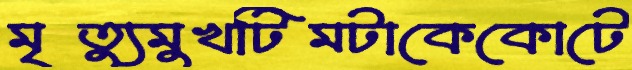
মৃত্যুমুখটিমটাকেকোটে